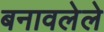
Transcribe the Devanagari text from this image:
बनावलेले